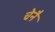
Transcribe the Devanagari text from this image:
चेनै